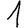
Digit: 1